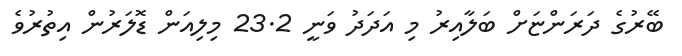
ބޭރުގެ ދަރަންޏަށް ބަލާއިރު މި އަދަދު ވަނީ 23.2 މިލިއަން ޑޮލަރުން އިތުރުވެ